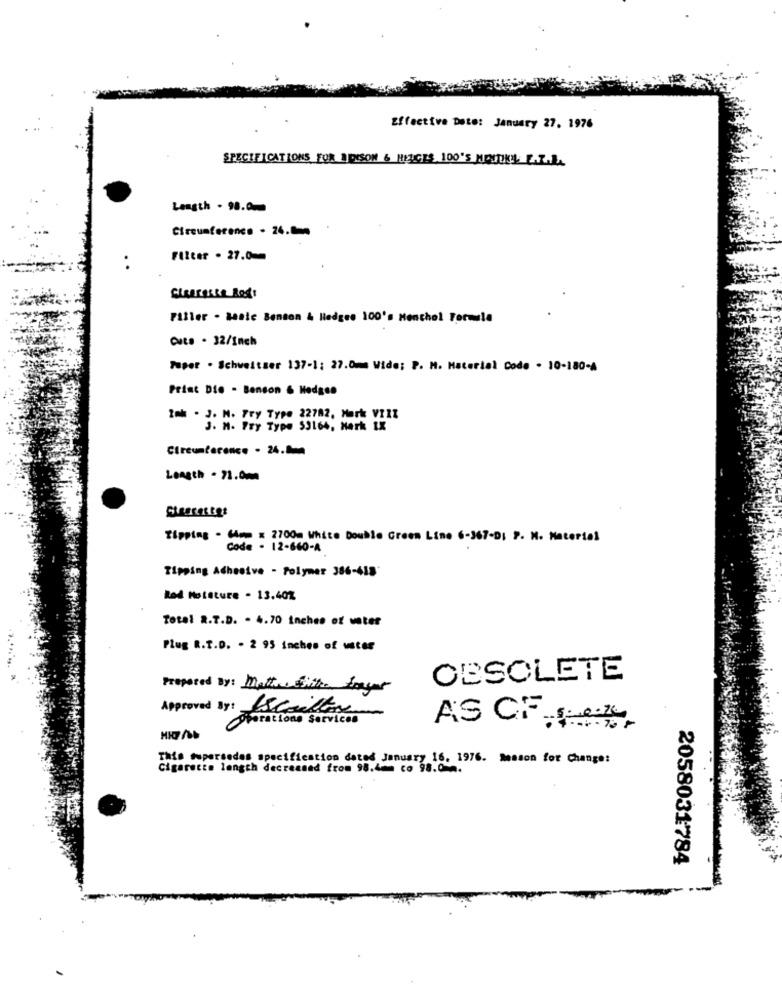
Effective Date: January 27. 1976
SPECIFICATIONS FOR BOISON & HELGES 100'S MENUTIKEL, E.R.L.
Length . 98.0.
Circumference . 24.0mm
Filter . 27.0
..
Piller . saale Benson & Hedges 100's Menthol Formula
Cute . 32/Inch
Toper . Schweitzer 137-1: 27.0mm Wide; P. M. Material Code - 10-180-A
Print Die . Benson & Hedges
toh . J. M. Fry Type 22782, Mark VIII
J. M. Fry Type 53164, Merk IX
Circumference - 24.
Length - 71.0mm
Tipping . (4mm x 2700m White Double Green Line 6-367-D: P. N. Material
Code - 12-660-A
Tipping Adhesive - Polymer 386-418*
Rod Moisture - 13.40%
Total R.T.D. - 4.70 inches of water
Plug R.T.D. - 2 95 inches of water
OBSOLETE
Prepared By: Matton Silke Lager
Approved By: Scailler
Pesrations Services
AS CF se
This supersedes specification dated January 16. 1976. Meason for Change:
Cigarette length decreased from 98.4mm co 98.0 2.
2058031784